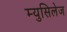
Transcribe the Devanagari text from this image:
म्युसिलेज